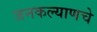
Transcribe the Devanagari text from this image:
जनकल्याणचे